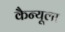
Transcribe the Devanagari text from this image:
कैन्यूला